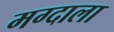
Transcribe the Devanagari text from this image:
मग्दाला